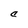
Character: C